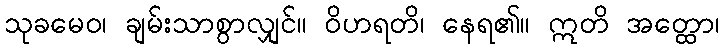
သုခမေဝ၊ ချမ်းသာစွာလျှင်။ ဝိဟရတိ၊ နေရ၏။ ဣတိ အတ္ထော၊